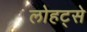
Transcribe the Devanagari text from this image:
लोहट्से